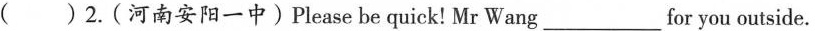
( )2.(河南安阳一中)Please be quick! Mr Wang___for you outside.